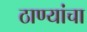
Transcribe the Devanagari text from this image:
ठाण्यांचा